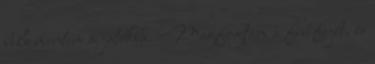
bele mentem a játékba. Megfogtam a fiú fejét, és